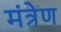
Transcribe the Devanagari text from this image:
मंत्रेण